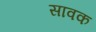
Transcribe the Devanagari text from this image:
सावक